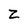
Character: Z